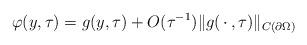
LaTeX: \begin{align*}\displaystyle\varphi(y,\tau)=g(y,\tau)+O(\tau^{-1})\Vert g(\,\cdot\,,\tau)\Vert_{C(\partial\Omega)}\end{align*}